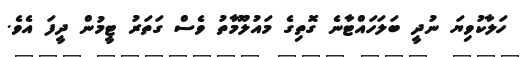
ހަލާކުވިޔަ ނުދީ ބަލަހައްޓާނެ ގޮތިގެ މައުލޫމާތު ވެސް ގަތަރު ޓީމުން ދީފަ އެވެ.